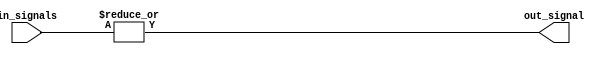
module or_gate (
    input [15:0] in_signals,
    output out_signal
);

assign out_signal = |in_signals;

endmodule